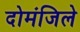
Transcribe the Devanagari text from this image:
दोमंजिले